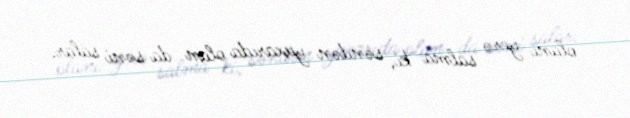
olanı yerə salma ki, səndən yuxarıda olan da səni salar.